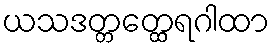
ယသဒတ္တတ္ထေရဂါထာ